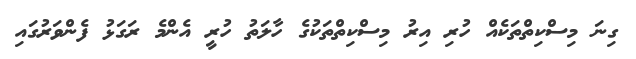
ގިނަ މިސްކިތްތަކެއް ހުރި އިރު މިސްކިތްތަކުގެ ހާލަތު ހުރީ އެންމެ ރަގަޅު ފެންވަރުގައި